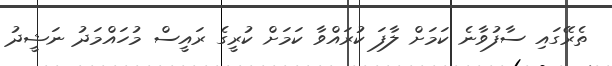
ތެރޭގައި ސާފުވާނެ ކަމަށް ލާފަ ކުރައްވާ ކަމަށް ކުރީގެ ރައީސް މުހައްމަދު ނަޝީދު